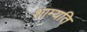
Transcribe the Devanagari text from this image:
शाम्यति